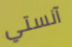
آنستي